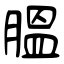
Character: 膃